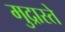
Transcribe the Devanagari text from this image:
मुद्रास्ते